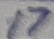
Text: 17